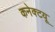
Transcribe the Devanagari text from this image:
कनेक्टयू